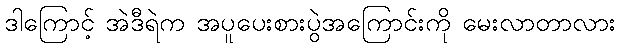
ဒါကြောင့် အဲဒီရဲက အပူပေးစားပွဲအကြောင်းကို မေးလာတာလား